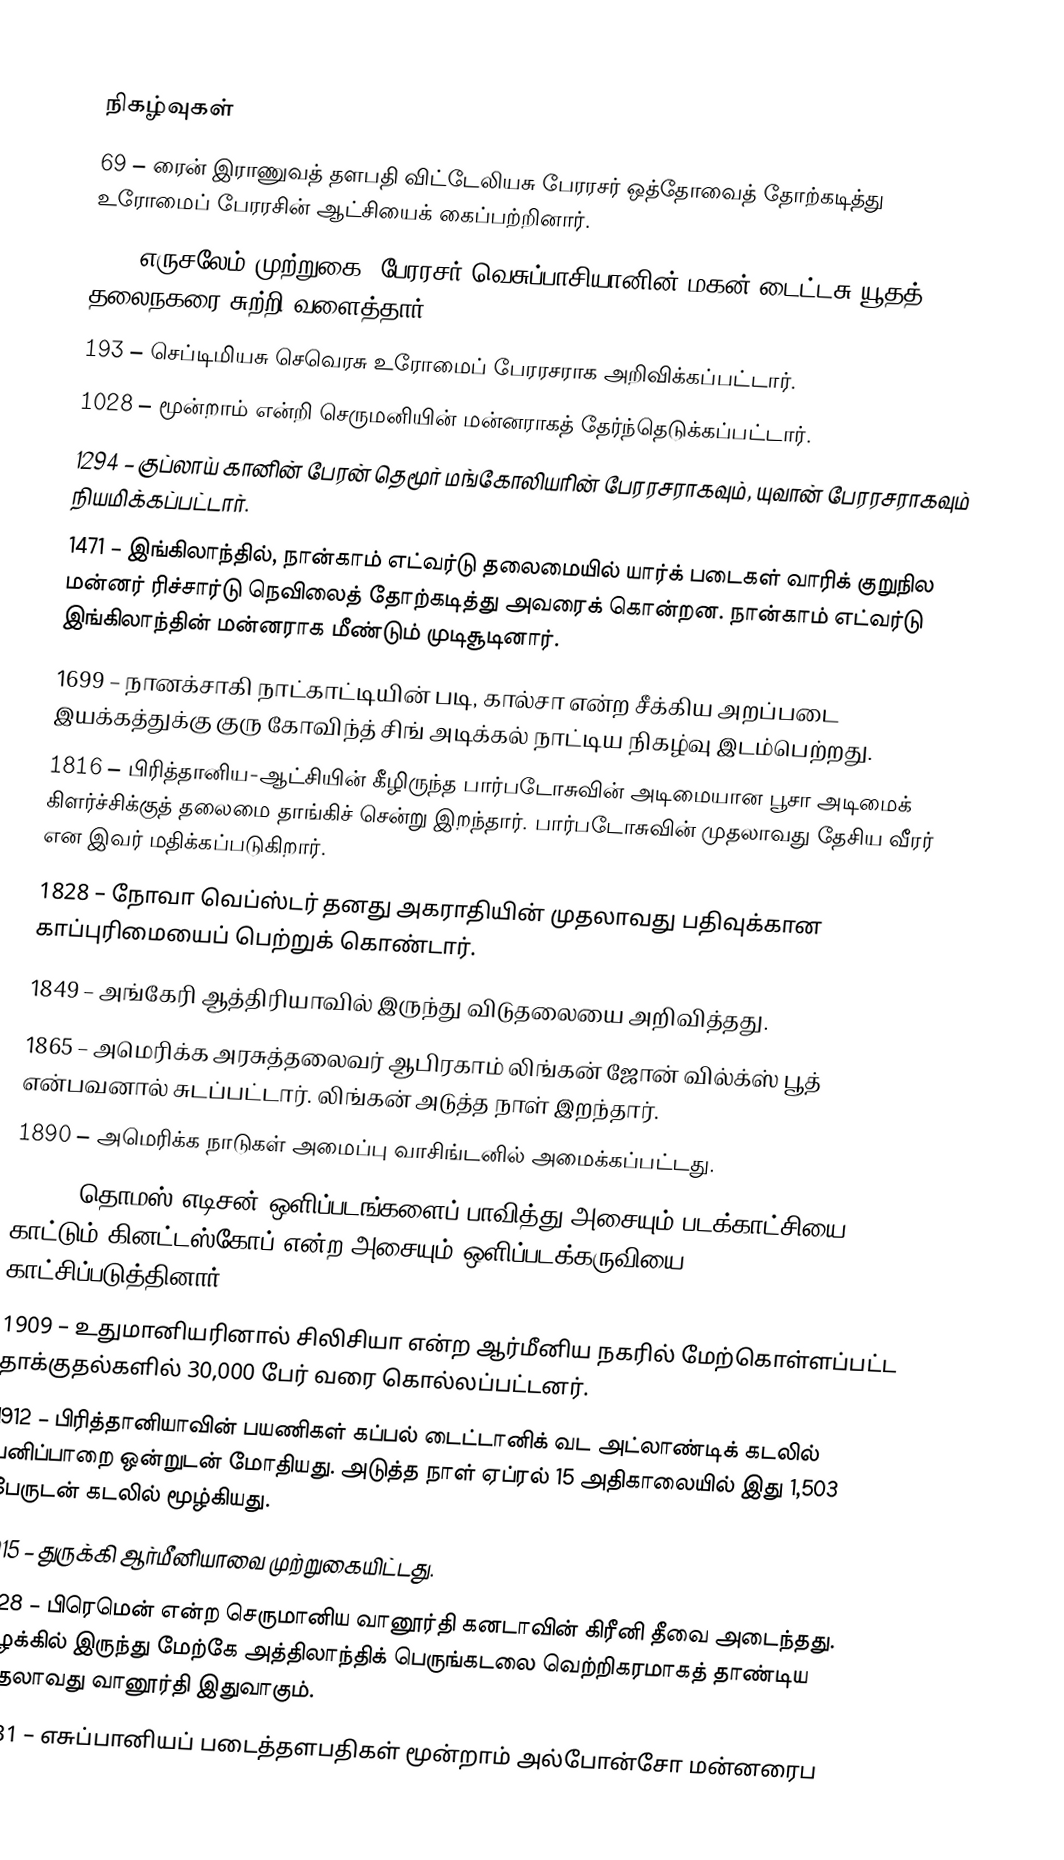

நிகழ்வுகள்
 69 – ரைன் இராணுவத் தளபதி விட்டேலியசு பேரரசர் ஒத்தோவைத் தோற்கடித்து உரோமைப் பேரரசின் ஆட்சியைக் கைப்பற்றினார்.
 70 – எருசலேம் முற்றுகை: பேரரசர் வெசுப்பாசியானின் மகன் டைட்டசு யூதத் தலைநகரை சுற்றி வளைத்தார்.
 193 – செப்டிமியசு செவெரசு உரோமைப் பேரரசராக அறிவிக்கப்பட்டார்.
1028 – மூன்றாம் என்றி செருமனியின் மன்னராகத் தேர்ந்தெடுக்கப்பட்டார்.
1294 – குப்லாய் கானின் பேரன் தெமூர் மங்கோலியரின் பேரரசராகவும்,  யுவான் பேரரசராகவும் நியமிக்கப்பட்டார்.
1471 – இங்கிலாந்தில், நான்காம் எட்வர்டு தலைமையில் யார்க் படைகள் வாரிக் குறுநில மன்னர் ரிச்சார்டு நெவிலைத் தோற்கடித்து அவரைக் கொன்றன. நான்காம் எட்வர்டு இங்கிலாந்தின் மன்னராக மீண்டும் முடிசூடினார்.
1699 – நானக்சாகி நாட்காட்டியின் படி, கால்சா என்ற சீக்கிய அறப்படை இயக்கத்துக்கு குரு கோவிந்த் சிங் அடிக்கல் நாட்டிய நிகழ்வு இடம்பெற்றது.
1816 – பிரித்தானிய-ஆட்சியின் கீழிருந்த பார்படோசுவின் அடிமையான பூசா அடிமைக் கிளர்ச்சிக்குத் தலைமை தாங்கிச் சென்று இறந்தார். பார்படோசுவின் முதலாவது தேசிய வீரர் என இவர் மதிக்கப்படுகிறார்.
1828 – நோவா வெப்ஸ்டர் தனது அகராதியின் முதலாவது பதிவுக்கான காப்புரிமையைப் பெற்றுக் கொண்டார்.
1849 – அங்கேரி ஆத்திரியாவில் இருந்து விடுதலையை அறிவித்தது.
1865 – அமெரிக்க அரசுத்தலைவர் ஆபிரகாம் லிங்கன் ஜோன் வில்க்ஸ் பூத் என்பவனால் சுடப்பட்டார். லிங்கன் அடுத்த நாள் இறந்தார்.
1890 – அமெரிக்க நாடுகள் அமைப்பு வாசிங்டனில் அமைக்கப்பட்டது.
1894 – தொமஸ் எடிசன் ஒளிப்படங்களைப் பாவித்து அசையும் படக்காட்சியை காட்டும் கினட்டஸ்கோப் என்ற அசையும் ஒளிப்படக்கருவியை காட்சிப்படுத்தினார்.
1909 – உதுமானியரினால் சிலிசியா என்ற ஆர்மீனிய நகரில் மேற்கொள்ளப்பட்ட தாக்குதல்களில் 30,000 பேர் வரை கொல்லப்பட்டனர்.
1912 – பிரித்தானியாவின் பயணிகள் கப்பல் டைட்டானிக் வட அட்லாண்டிக் கடலில் பனிப்பாறை ஒன்றுடன் மோதியது. அடுத்த நாள் ஏப்ரல் 15 அதிகாலையில் இது 1,503 பேருடன் கடலில் மூழ்கியது.
1915 – துருக்கி ஆர்மீனியாவை முற்றுகையிட்டது.
1928 – பிரெமென் என்ற செருமானிய வானூர்தி கனடாவின் கிரீனி தீவை அடைந்தது. கிழக்கில் இருந்து மேற்கே அத்திலாந்திக் பெருங்கடலை வெற்றிகரமாகத் தாண்டிய முதலாவது வானூர்தி இதுவாகும்.
1931 – எசுப்பானியப் படைத்தளபதிகள் மூன்றாம் அல்போன்சோ மன்னரைப